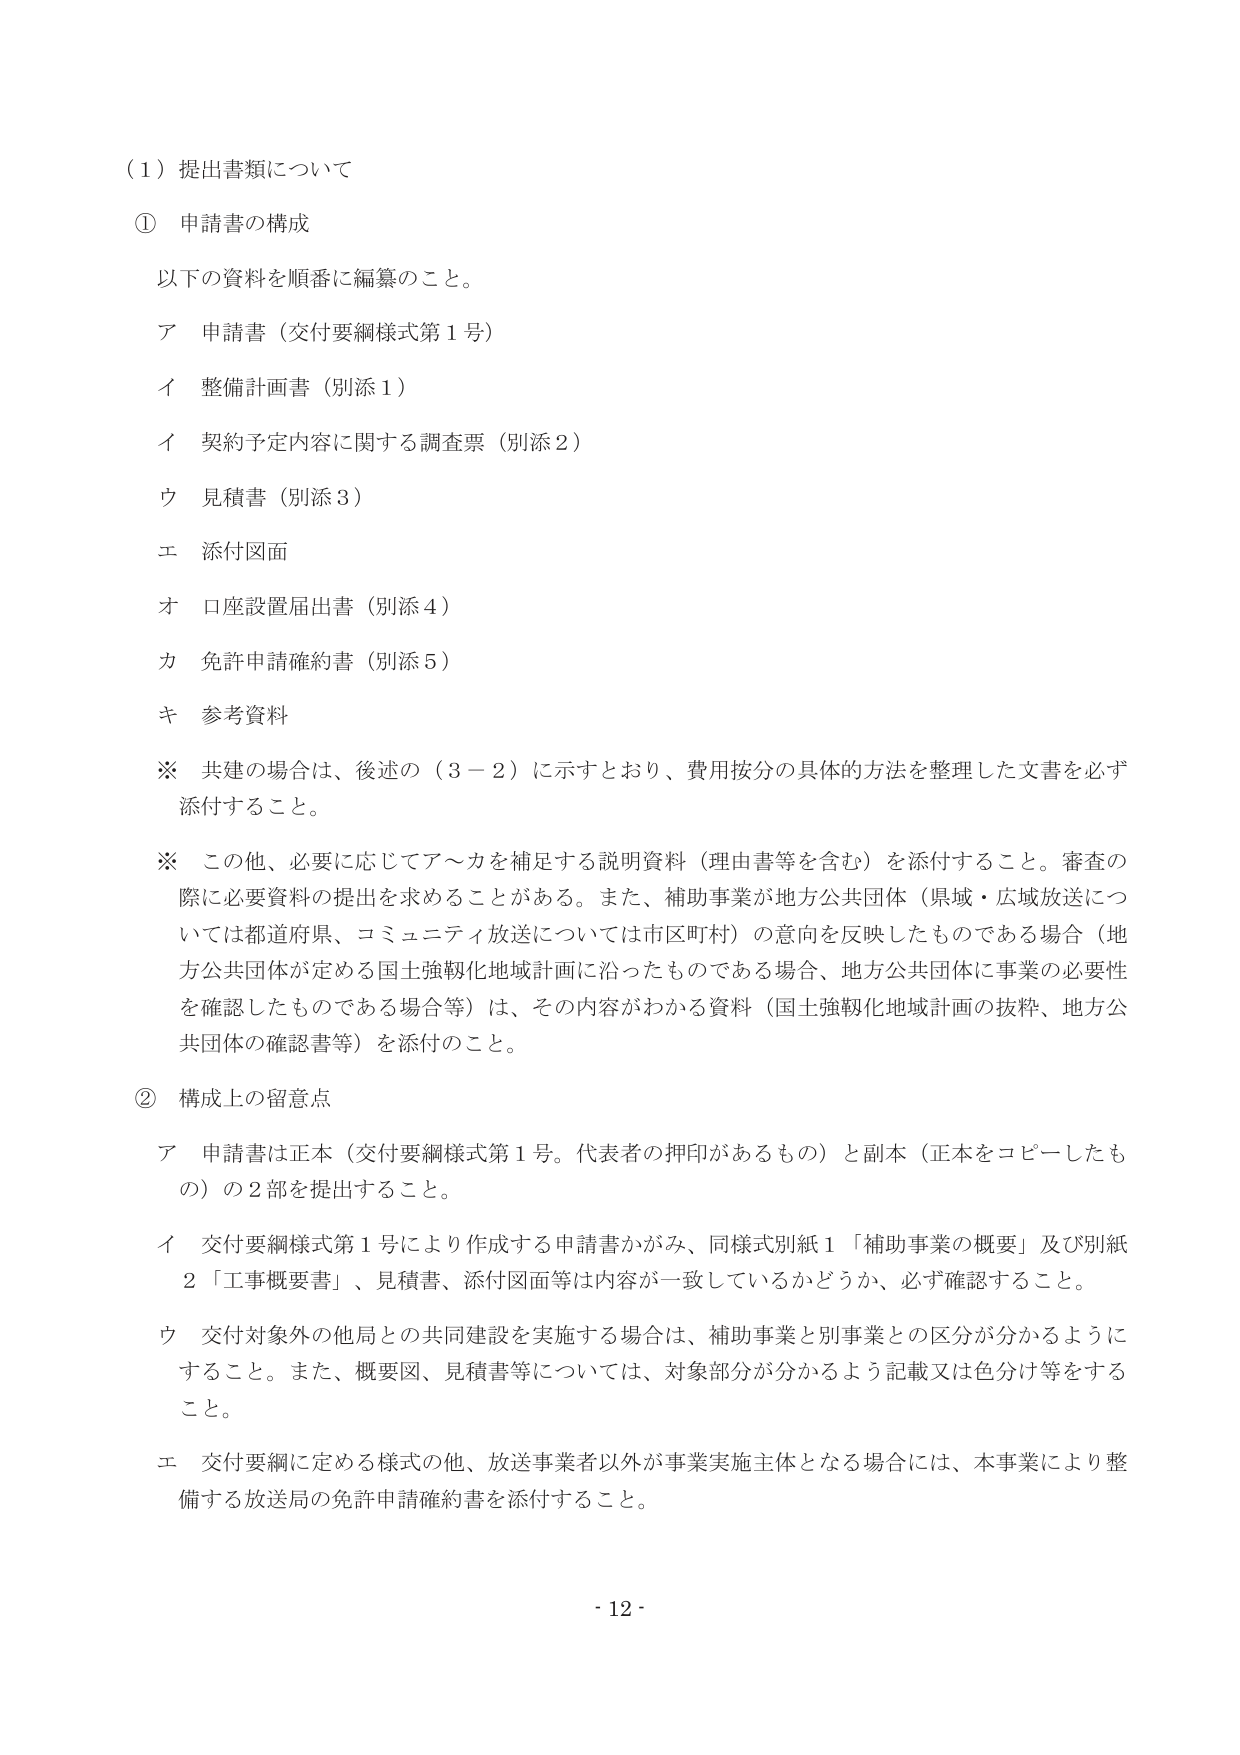
（１）提出書類について

① 申請書の構成

以下の資料を順番に編纂のこと。

ア 申請書（交付要綱様式第１号）

イ 整備計画書（別添１）

イ 契約予定内容に関する調査票（別添２）

ウ 見積書（別添３）

エ 添付図面

オ 口座設置届出書（別添４）

カ 免許申請確約書（別添５）

キ 参考資料

※ 共建の場合は、後述の（３－２）に示すとおり、費用按分の具体的な方法を整理した文書を必ず添付すること。

※ この他、必要に応じてア～カを補足する説明資料（理由書等を含む）を添付すること。審査の際に必要資料の提出を求めることがある。また、補助事業が地方公共団体（県域・広域放送については都道府県、コミュニティ放送については市区町村）の意向を反映したものである場合（地方公共団体が定める国土強靭化地域計画に沿ったものである場合、地方公共団体に事業の必要性を確認したものである場合等）は、その内容がわかる資料（国土強靭化地域計画の抜粋、地方公共団体の確認書等）を添付のこと。

② 構成上の留意点

ア 申請書は正本（交付要綱様式第１号。代表者の押印があるもの）と副本（正本をコピーしたもの）の２部を提出すること。

イ 交付要綱様式第１号により作成する申請書かがみ、同様式別紙１「補助事業の概要」及び別紙２「工事概要書」、見積書、添付図面等は内容が一致しているかどうか、必ず確認すること。

ウ 交付対象外の他局との共同建設を実施する場合は、補助事業と別事業との区分が分かるようにすること。また、概要図、見積書等については、対象部分が分かるよう記載又は色分け等をすること。

エ 交付要綱に定める様式の他、放送事業者以外が事業実施主体となる場合には、本事業により整備する放送局の免許申請確約書を添付すること。

- 12 -